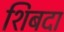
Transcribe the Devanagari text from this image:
शिबदा